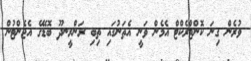
ވުރެން ގިނަ ކޮންޓްރެކްޓް އެމެން ވަނީ އެތަނުގައި ތިބި ރަންރީނދޫ ބޮޑޭގެ އެޖެންޓުން